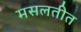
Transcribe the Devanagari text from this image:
मसलतीत